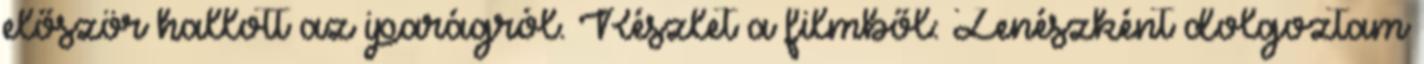
először hallott az iparágról. Részlet a filmből: Zenészként dolgoztam